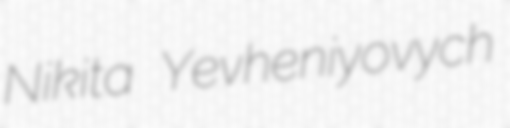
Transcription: Nikita Yevheniyovych